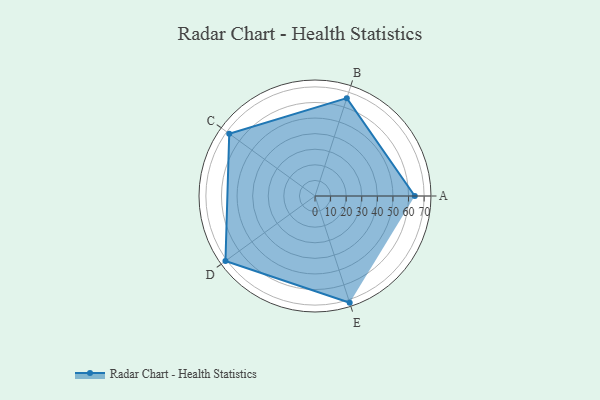
{"axis": {"x": "Skill", "y": "Score"}, "legend": ["Profile"], "data": [{"x": "A", "y": 64.0, "type": "Profile"}, {"x": "B", "y": 66.0, "type": "Profile"}, {"x": "C", "y": 68.0, "type": "Profile"}, {"x": "D", "y": 71.0, "type": "Profile"}, {"x": "E", "y": 72.0, "type": "Profile"}]}